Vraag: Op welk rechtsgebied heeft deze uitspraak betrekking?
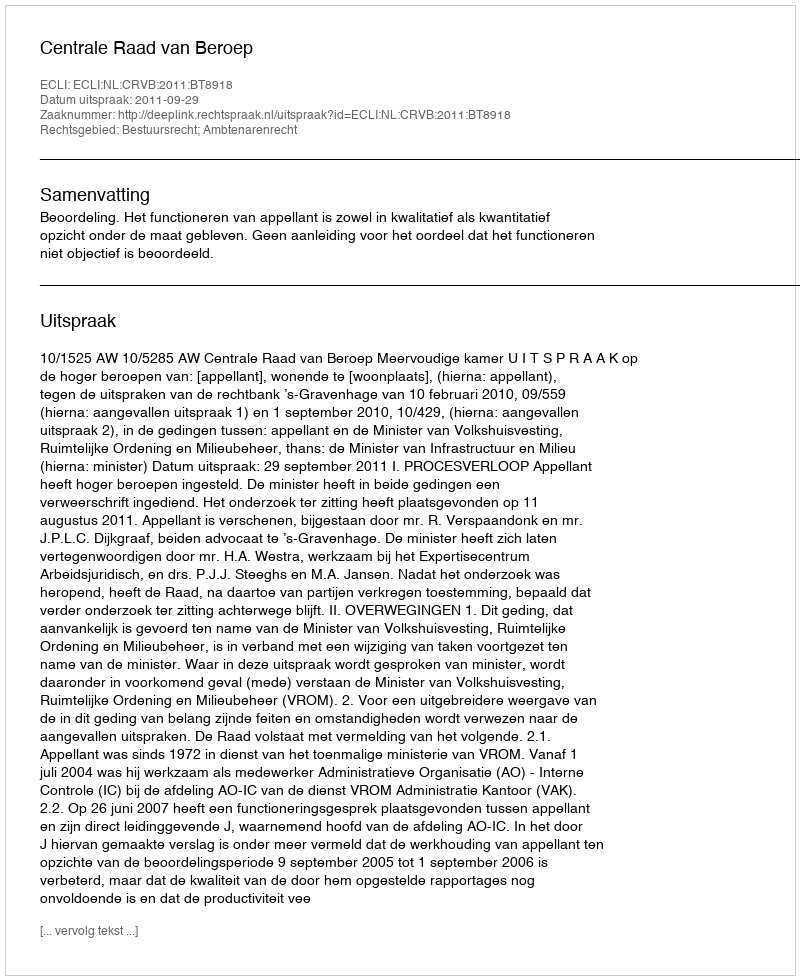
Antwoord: Bestuursrecht; Ambtenarenrecht